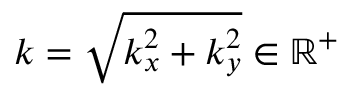
k = \sqrt { k _ { x } ^ { 2 } + k _ { y } ^ { 2 } } \in \mathbb { R } ^ { + }